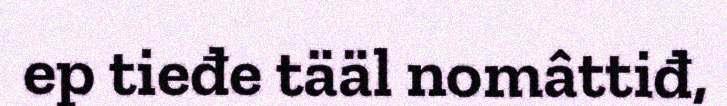
ep tieđe tääl nomâttiđ,